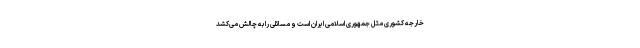
خارجه کشوری مثل جمهوری اسلامی ایران است و مسائلی را به چالش می‌کشد